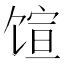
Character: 𬳇